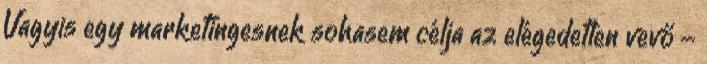
Vagyis egy marketingesnek sohasem célja az elégedetlen vevő -